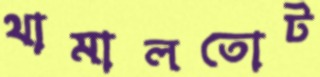
থামালতোট